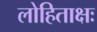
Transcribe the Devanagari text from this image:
लोहिताक्षः